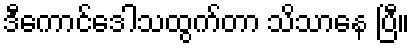
ဒီကောင်ဒေါသထွက်တာ သိသာနေ ပြီ။